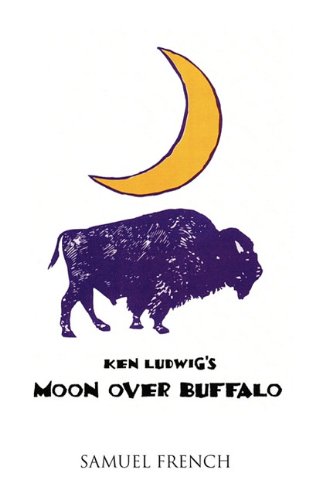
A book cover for Moon Over Buffalo; Ken Ludwig; Literature & Fiction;